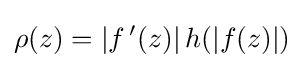
\rho (z)=|f\,'(z)|\,h(|f(z)|)